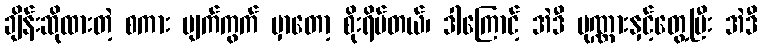
ချိန်းဆိုထားတဲ့ စကား ပျက်ကွက် မှာတော့ စိုးရိမ်တယ်၊ ဒါကြောင့် အဲဒီ ပုဏ္ဏားနှင့်တွေ့ပြီး အဲဒီ